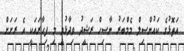
އަތޮޅުގެ ކައުންސިލް މެމްބަރު ނާސިހް ރަޝީދު ވިދާޅުވީ މި ފިހާރައަކީ އެ ރަށަށް